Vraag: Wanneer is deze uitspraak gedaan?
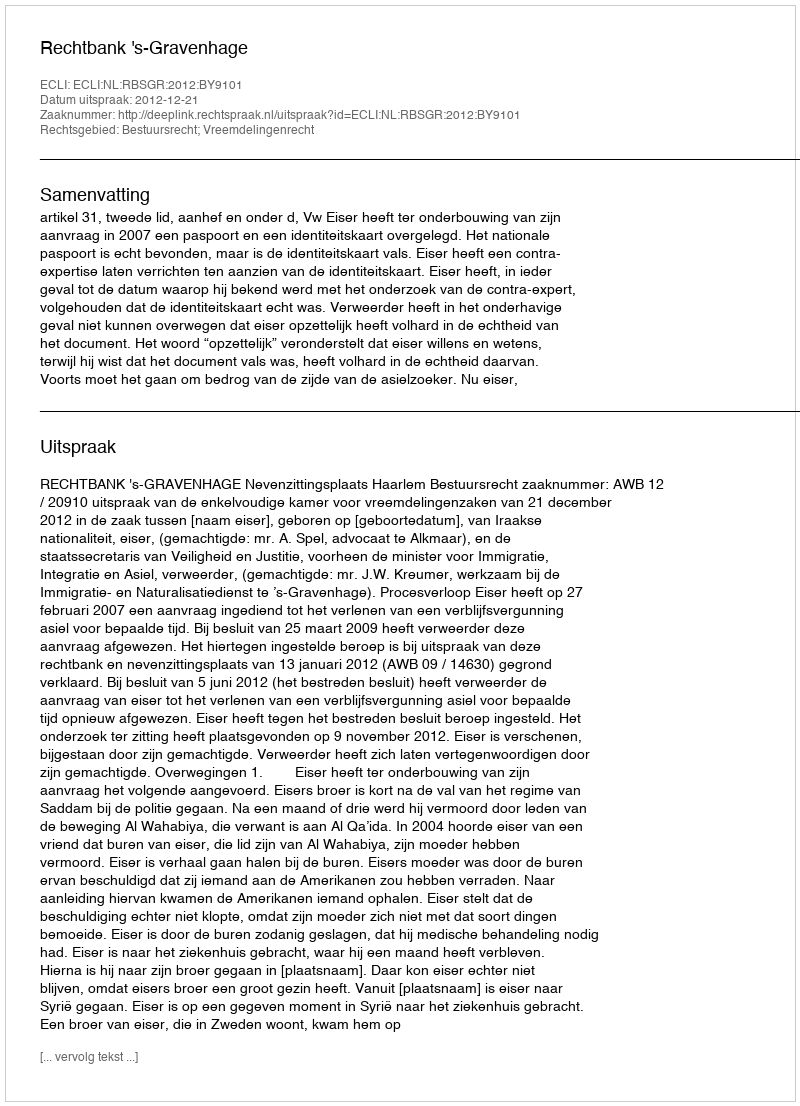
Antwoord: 2012-12-21